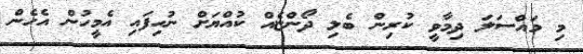
މި މައްސަލަ ދިމާވީ ކުރިން ބެލި ދޯންޏެއް ކުއްޔަށް ނުހިފައި އެމީހުން އެހެން